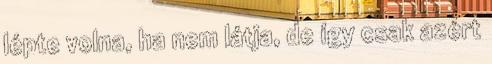
lépte volna, ha nem látja, de így csak azért